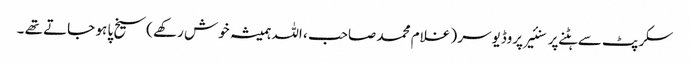
سکرپٹ سے ہٹنے پر سنئیر پروڈیوسر ( غلام محمد صاحب ، اللہ ہمیشہ خوش رکھے )سیخ پا ہو جاتے تھے ۔